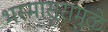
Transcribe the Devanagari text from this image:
भस्मासुरामुळे